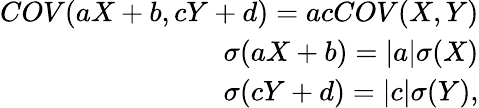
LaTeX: \begin{array}{r}{COV(aX+b,cY+d)=acCOV(X,Y)}\\ {\sigma(aX+b)=|a|\sigma(X)}\\ {\sigma(cY+d)=|c|\sigma(Y),}\end{array}